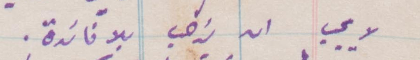
لا يجب ان يذهب بلا فائدة.